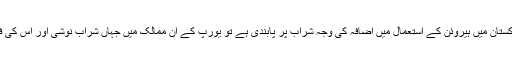
لیکن ایسا کہنے والے حضرات اس سوال کا جواب نہیں دے سکے کہ اگر پاکستان میں ہیروئن کے استعمال میں اضافہ کی وجہ شراب پر پابندی ہے تو یورپ کے ان ممالک میں جہاں شراب نوشی اور اس کی فروخت پر کوئی پابندی نہیں ہے وہاں ہیروئن کا استعمال کیوں بڑھ رہا ہے؟